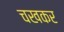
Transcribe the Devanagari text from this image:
चखकर